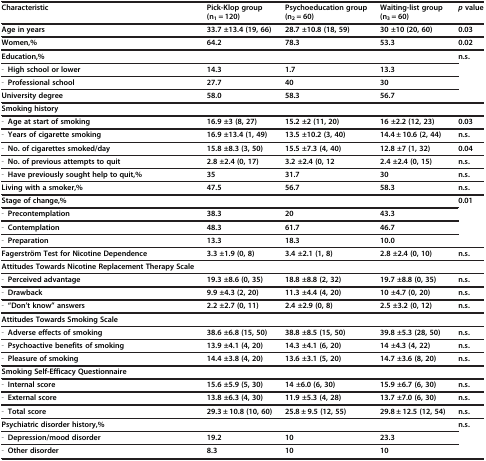
<table><thead><tr><td><b>Characteristic</b></td><td><b>Pick-Klop group (n<sub>1</sub> = 120)</b></td><td><b>Psychoeducation group (n<sub>2</sub> = 60)</b></td><td><b>Waiting-list group (n<sub>3</sub> = 60)</b></td><td><b><i>p </i>value</b></td></tr></thead><tbody><tr><td><b>Age in years</b></td><td><b>33.7 ±13.4 (19, 66)</b></td><td><b>28.7 ±10.8 (18, 59)</b></td><td><b>30 ±10 (20, 60)</b></td><td><b>0.03</b></td></tr><tr><td><b>Women,%</b></td><td><b>64.2</b></td><td><b>78.3</b></td><td><b>53.3</b></td><td><b>0.02</b></td></tr><tr><td><b>Education,%</b></td><td> </td><td> </td><td> </td><td><b>n.s.</b></td></tr><tr><td>- <b>High school or lower</b></td><td><b>14.3</b></td><td><b>1.7</b></td><td><b>13.3</b></td><td> </td></tr><tr><td>- <b>Professional school</b></td><td><b>27.7</b></td><td><b>40</b></td><td><b>30</b></td><td> </td></tr><tr><td><b>University degree</b></td><td><b>58.0</b></td><td><b>58.3</b></td><td><b>56.7</b></td><td> </td></tr><tr><td><b>Smoking history</b></td><td> </td><td> </td><td> </td><td> </td></tr><tr><td>- <b>Age at start of smoking</b></td><td><b>16.9 ±3 (8, 27)</b></td><td><b>15.2 ±2 (11, 20)</b></td><td><b>16 ±2.2 (12, 23)</b></td><td><b>0.03</b></td></tr><tr><td>- <b>Years of cigarette smoking</b></td><td><b>16.9 ±13.4 (1, 49)</b></td><td><b>13.5 ±10.2 (3, 40)</b></td><td><b>14.4 ± 10.6 (2, 44)</b></td><td><b>n.s.</b></td></tr><tr><td>- <b>No. of cigarettes smoked/day</b></td><td><b>15.8 ±8.3 (3, 50)</b></td><td><b>15.5 ±7.3 (4, 40)</b></td><td><b>12.8 ±7 (1, 32)</b></td><td><b>0.04</b></td></tr><tr><td>- <b>No. of previous attempts to quit</b></td><td><b>2.8 ±2.4 (0, 17)</b></td><td><b>3.2 ±2.4 (0, 12</b></td><td><b>2.4 ±2.4 (0, 15)</b></td><td><b>n.s.</b></td></tr><tr><td>- <b>Have previously sought help to quit,%</b></td><td><b>35</b></td><td><b>31.7</b></td><td><b>30</b></td><td><b>n.s.</b></td></tr><tr><td><b>Living with a smoker,%</b></td><td><b>47.5</b></td><td><b>56.7</b></td><td><b>58.3</b></td><td><b>n.s.</b></td></tr><tr><td><b>Stage of change,%</b></td><td> </td><td> </td><td> </td><td><b>0.01</b></td></tr><tr><td>- <b>Precontemplation</b></td><td><b>38.3</b></td><td><b>20</b></td><td><b>43.3</b></td><td> </td></tr><tr><td>- <b>Contemplation</b></td><td><b>48.3</b></td><td><b>61.7</b></td><td><b>46.7</b></td><td> </td></tr><tr><td>- <b>Preparation</b></td><td><b>13.3</b></td><td><b>18.3</b></td><td><b>10.0</b></td><td> </td></tr><tr><td><b>Fagerström Test for Nicotine Dependence</b></td><td><b>3.3 ±1.9 (0, 8)</b></td><td><b>3.4 ±2.1 (1, 8)</b></td><td><b>2.8 ±2.4 (0, 10)</b></td><td><b>n.s.</b></td></tr><tr><td><b>Attitudes Towards Nicotine Replacement Therapy Scale</b></td><td> </td><td> </td><td> </td><td> </td></tr><tr><td>- <b>Perceived advantage</b></td><td><b>19.3 ±8.6 (0, 35)</b></td><td><b>18.8 ±8.8 (2, 32)</b></td><td><b>19.7 ±8.8 (0, 35)</b></td><td><b>n.s.</b></td></tr><tr><td>- <b>Drawback</b></td><td><b>9.9 ±4.3 (2, 20)</b></td><td><b>11.3 ±4.4 (4, 20)</b></td><td><b>10 ±4.7 (0, 20)</b></td><td><b>n.s.</b></td></tr><tr><td>- <b>“Don’t know” answers</b></td><td><b>2.2 ±2.7 (0, 11)</b></td><td><b>2.4 ±2.9 (0, 8)</b></td><td><b>2.5 ±3.2 (0, 12)</b></td><td><b>n.s.</b></td></tr><tr><td><b>Attitudes Towards Smoking Scale</b></td><td> </td><td> </td><td> </td><td> </td></tr><tr><td>- <b>Adverse effects of smoking</b></td><td><b>38.6 ±6.8 (15, 50)</b></td><td><b>38.8 ±8.5 (15, 50)</b></td><td><b>39.8 ±5.3 (28, 50)</b></td><td><b>n.s.</b></td></tr><tr><td>- <b>Psychoactive benefits of smoking</b></td><td><b>13.9 ±4.1 (4, 20)</b></td><td><b>14.3 ±4.1 (6, 20)</b></td><td><b>14 ±4.3 (4, 22)</b></td><td><b>n.s.</b></td></tr><tr><td>- <b>Pleasure of smoking</b></td><td><b>14.4 ±3.8 (4, 20)</b></td><td><b>13.6 ±3.1 (5, 20)</b></td><td><b>14.7 ±3.6 (8, 20)</b></td><td><b>n.s.</b></td></tr><tr><td><b>Smoking Self-Efficacy Questionnaire</b></td><td> </td><td> </td><td> </td><td> </td></tr><tr><td>- <b>Internal score</b></td><td><b>15.6 ±5.9 (5, 30)</b></td><td><b>14 ±6.0 (6, 30)</b></td><td><b>15.9 ±6.7 (6, 30)</b></td><td><b>n.s.</b></td></tr><tr><td>- <b>External score</b></td><td><b>13.8 ±6.3 (4, 30)</b></td><td><b>11.9 ±5.3 (4, 28)</b></td><td><b>13.7 ±7.0 (6, 30)</b></td><td><b>n.s.</b></td></tr><tr><td>- <b>Total score</b></td><td><b>29.3 ± 10.8 (10, 60)</b></td><td><b>25.8 ± 9.5 (12, 55)</b></td><td><b>29.8 ± 12.5 (12, 54)</b></td><td><b>n.s.</b></td></tr><tr><td><b>Psychiatric disorder history,%</b></td><td> </td><td> </td><td> </td><td><b>n.s.</b></td></tr><tr><td>- <b>Depression/mood disorder</b></td><td><b>19.2</b></td><td><b>10</b></td><td><b>23.3</b></td><td> </td></tr><tr><td>- <b>Other disorder</b></td><td><b>8.3</b></td><td><b>10</b></td><td><b>10</b></td><td> </td></tr></tbody></table>